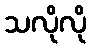
သလိုလို